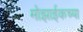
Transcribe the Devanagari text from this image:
मोझाईकच्या